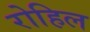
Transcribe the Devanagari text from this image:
रोहिल